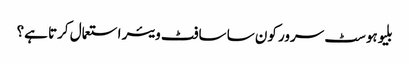
بلیوہوسٹ سرور کون سا سافٹ ویئر استعمال کرتا ہے؟